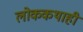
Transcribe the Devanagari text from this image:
लोककथाही